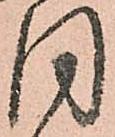
同